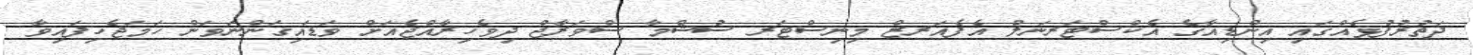
ދަތުރުފުޅެއްގައި އިންޑިއާގެ އެކްސްޓަރނަލް އެފެއަރޒް މިނިސްޓަރ ސުޝްމާ ސްވަރާޖް ދިވެހިރާއްޖެއަށް ވަޑައިގަންނަވަން ހަމަޖެހިފައިވާ